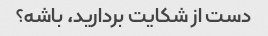
دست از شکایت بردارید، باشه؟